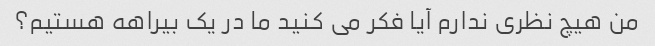
من هیچ نظری ندارم آیا فکر می کنید ما در یک بیراهه هستیم؟